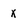
Character: x